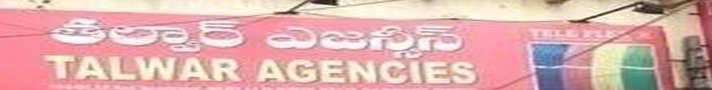
Language: telugu
Transcription: ఎజన్సీస్ తల్వార్